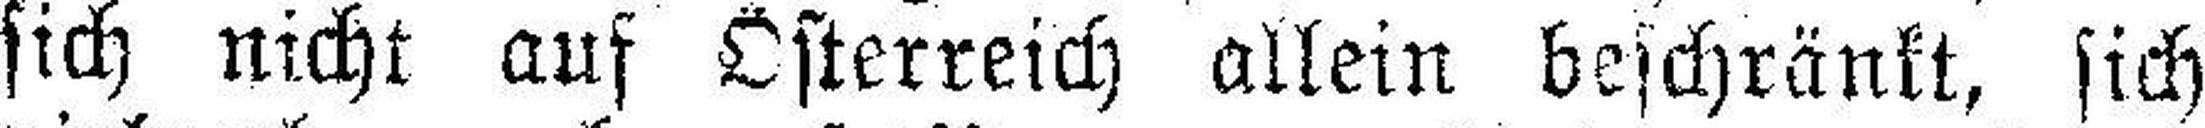
sich nicht auf Österreich allein beschränkt, sich